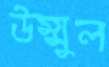
উম্মুল